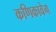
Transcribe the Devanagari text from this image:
कणिकावेग